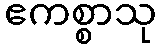
ဧကစ္စာသု